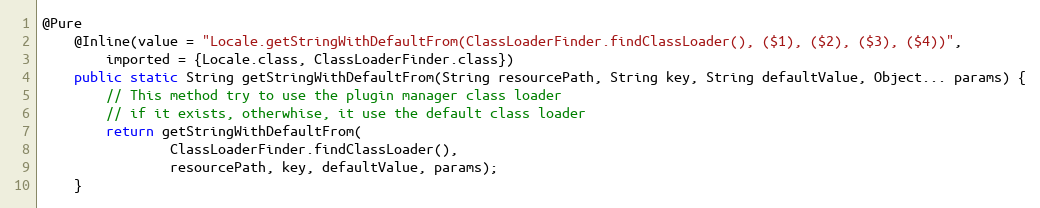
Language: Java
@Pure
	@Inline(value = "Locale.getStringWithDefaultFrom(ClassLoaderFinder.findClassLoader(), ($1), ($2), ($3), ($4))",
		imported = {Locale.class, ClassLoaderFinder.class})
	public static String getStringWithDefaultFrom(String resourcePath, String key, String defaultValue, Object... params) {
		// This method try to use the plugin manager class loader
		// if it exists, otherwhise, it use the default class loader
		return getStringWithDefaultFrom(
				ClassLoaderFinder.findClassLoader(),
				resourcePath, key, defaultValue, params);
	}